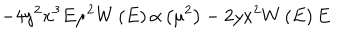
- 4 y ^ { 2 } x ^ { 3 } E \mu ^ { 2 } W \left( E \right) \alpha \left( \mu ^ { 2 } \right) - 2 y x ^ { 2 } W \left( E \right) E